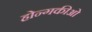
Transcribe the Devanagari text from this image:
होन्गकीओ